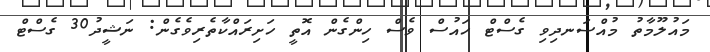
މައުލޫމާތު މުއްސަނދިވި ގެސްޓް ހައުސް ވެސް ހިންގެން އޮތީ ހަށިރައްކާތެރިވެގެން: ނަޝީދު30 ގެސްޓް